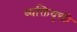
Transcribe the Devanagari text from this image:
व्यक्तियुक्ती